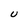
Character: U